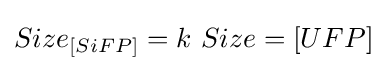
Size_{[SiFP]}=k\ Size={[UFP]}